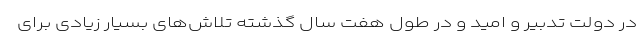
در دولت تدبیر و امید و در طول هفت سال گذشته تلاش‌های بسیار زیادی برای